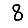
Digit: 8